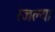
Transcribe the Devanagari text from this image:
रंजल्या